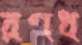
রণধ